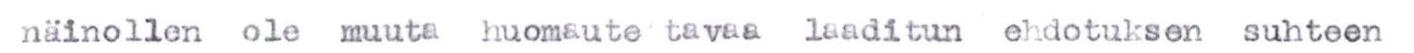
näinollen ole muuta huomaute tavaa laaditun ehdotuksen suhteen